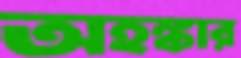
অহঙ্কার